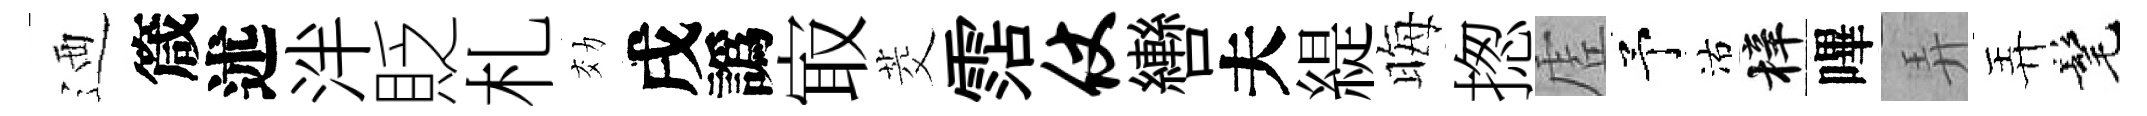
迺箴述泮貶札効戌譌㝡茭霑仗轡夫緹晦揔虗予沽梓嗶弄弄髦